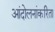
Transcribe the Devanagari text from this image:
आंदोलनांकरिता